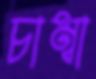
চাম্বা